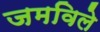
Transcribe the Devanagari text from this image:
जमविले